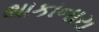
થાકાનારા